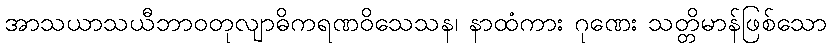
အာသယာသယီဘာဝတုလျာဓိကရဏဝိသေသန၊ နာထံကား ဂုဏေး သတ္တိမာန်ဖြစ်သော